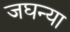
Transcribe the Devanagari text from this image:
जघन्या